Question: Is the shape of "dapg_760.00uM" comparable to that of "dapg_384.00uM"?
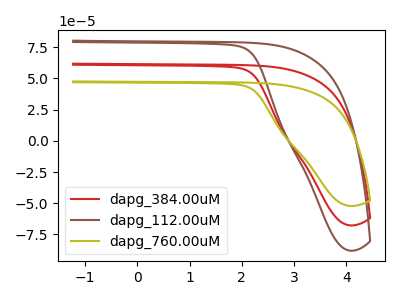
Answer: <think>The red curve "dapg_384.00uM" has no peaks. The brown curve "dapg_112.00uM" has no peaks. The olive curve "dapg_760.00uM" has no peaks.
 Neither "dapg_760.00uM" or "dapg_384.00uM" have any peaks.</think>
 <answer>"dapg_760.00uM" and "dapg_384.00uM" are similar in shape.</answer>
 <eval>same_shape</eval>